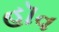
હૉવ